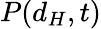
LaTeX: P(d_{H},t)